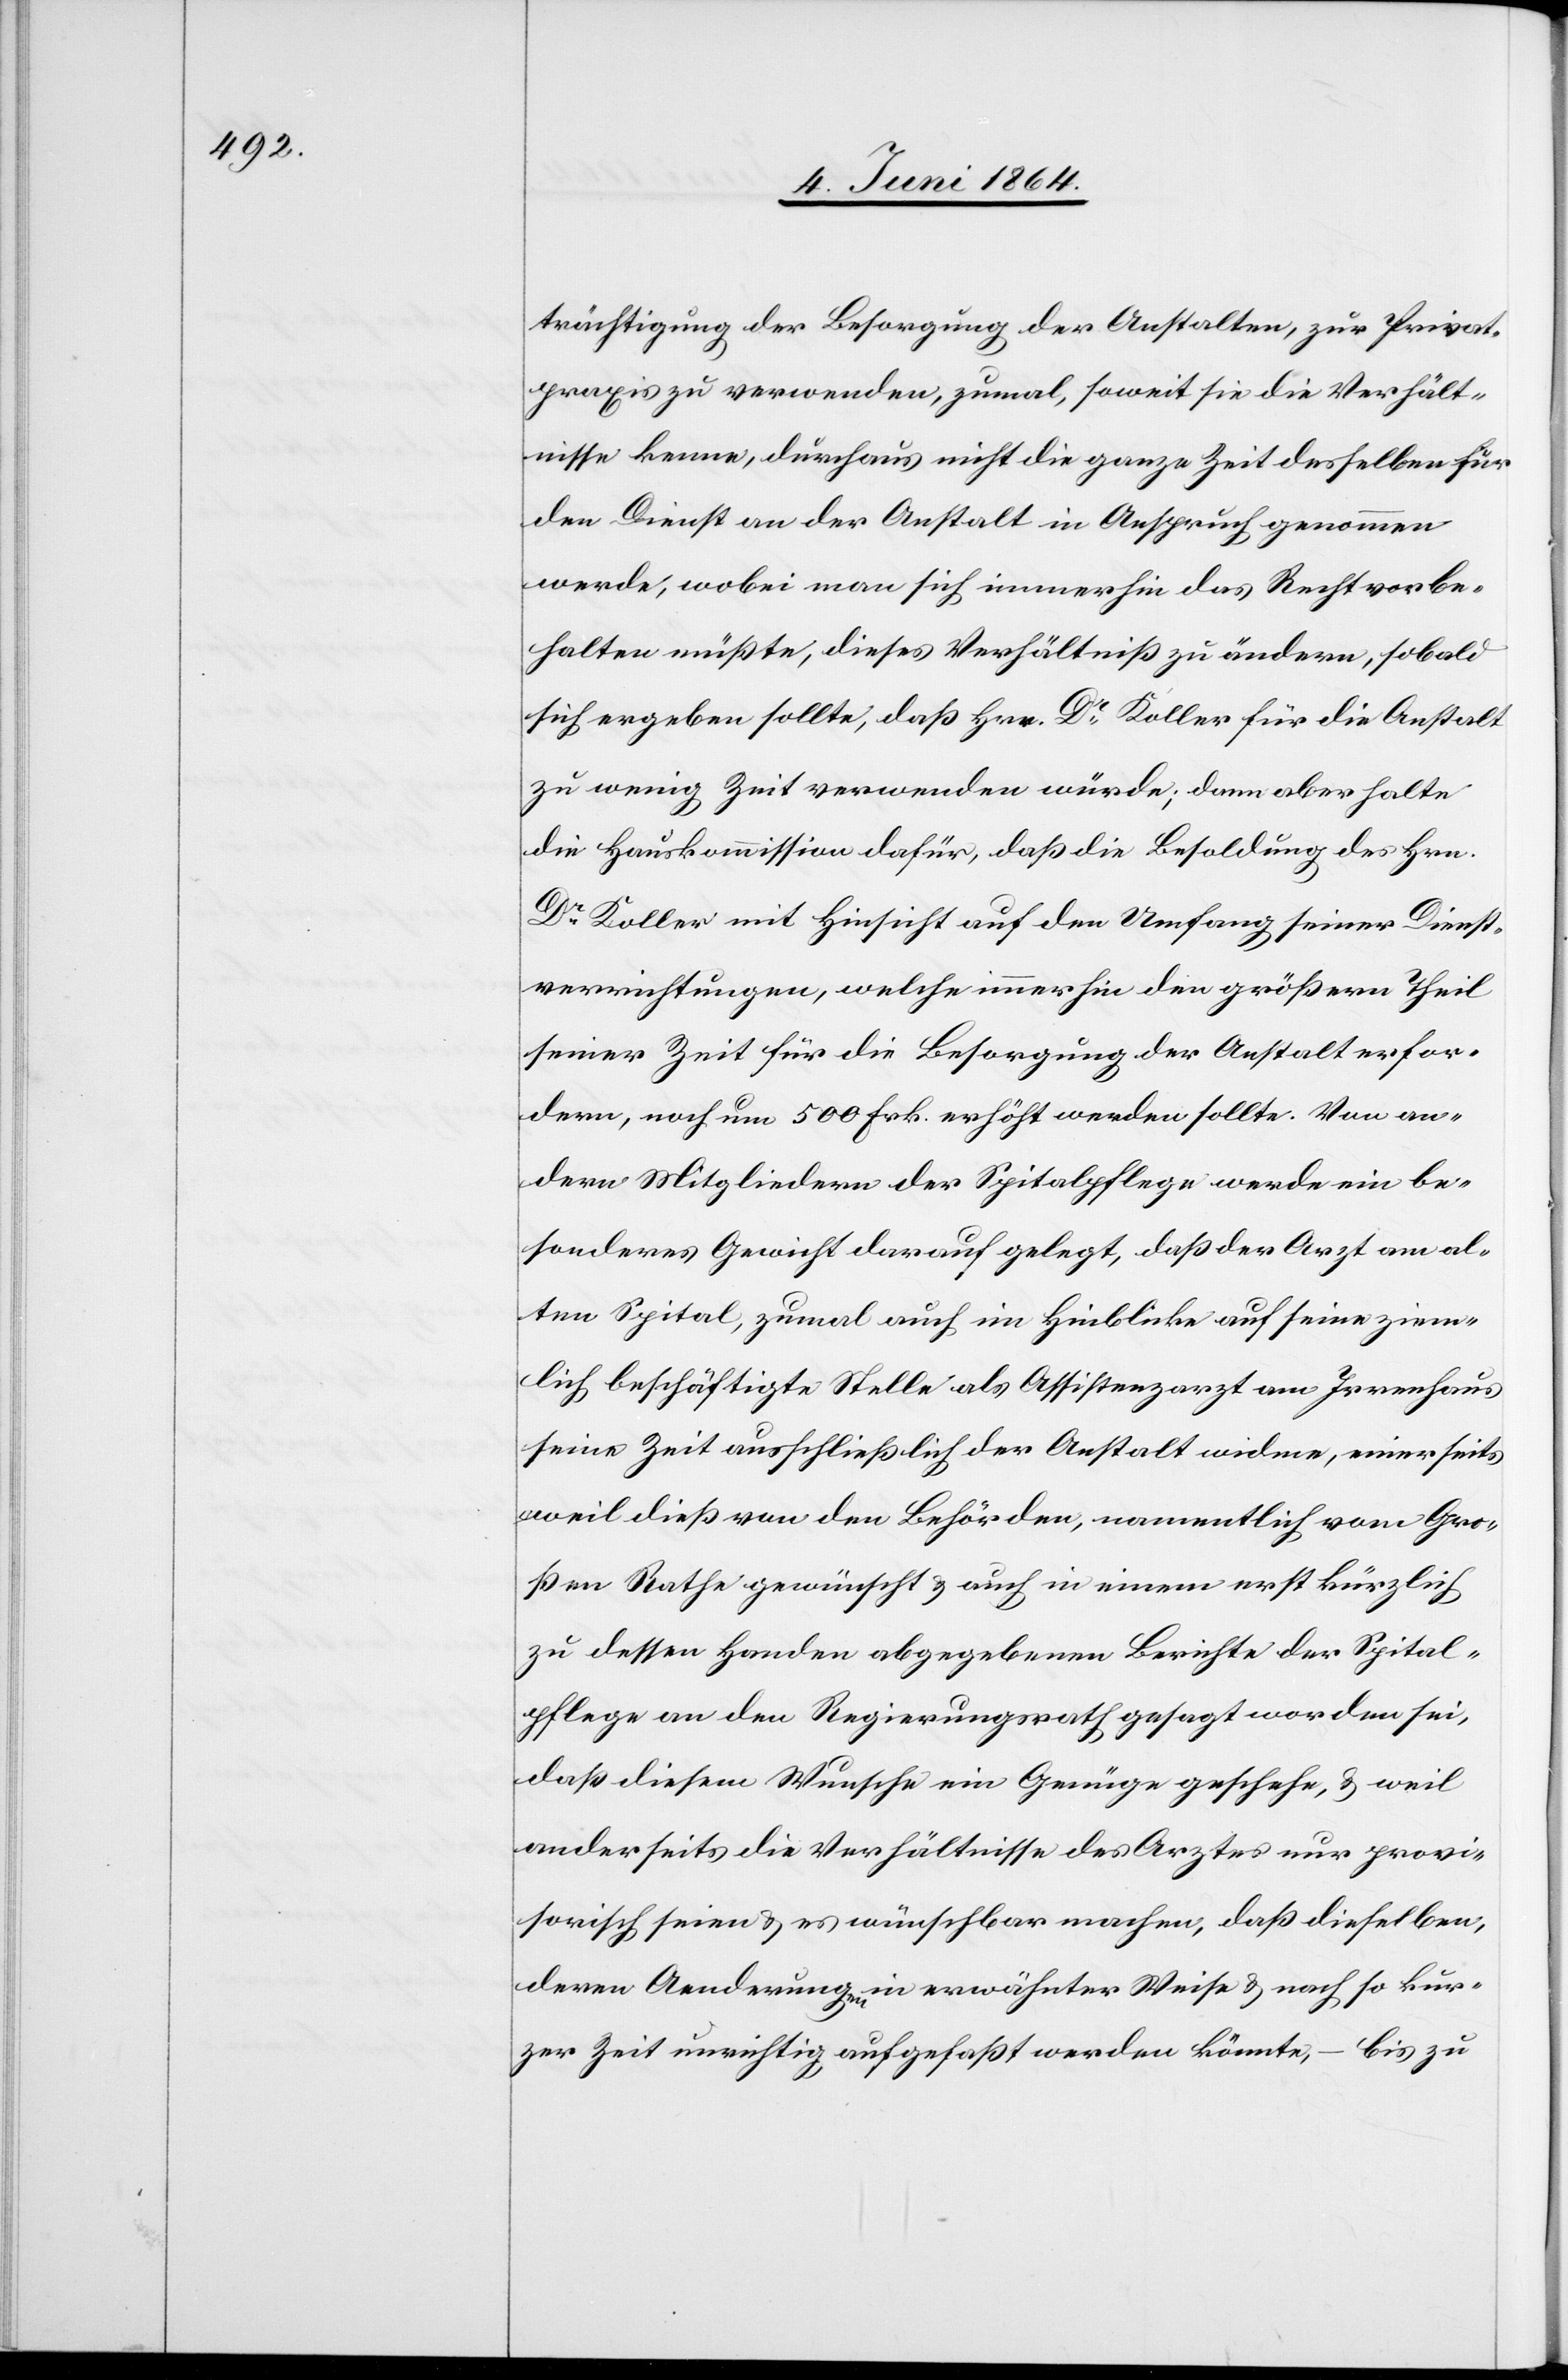
trächtigung der Besorgung der Anstalten, zur Privat¬
praxis zu verwenden, zumal, soweit sie die Verhält¬
nisse kenne, durchaus nicht die ganze Zeit desselben für
den Dienst an der Anstalt in Anspruch genommen
werde, wobei man sich immerhin das Recht vorbe¬
halten müßte, dieses Verhältniß zu ändern, sobald
sich ergeben sollte, daß Hrr. Dr Koller für die Anstalt
zu wenig Zeit verwenden würde; dann aber halte
die Hauskommission dafür, daß die Besoldung des Hrn.
Dr Koller mit Hinsicht auf den Umfang seiner Dienst¬
verrichtungen, welche immerhin den größern Theil
seiner Zeit für die Besorgung der Anstalt erfor¬
dern, noch um 500 Frk. erhöht werden sollte. Von an¬
dern Mitgliedern der Spitalpflege werde ein be¬
sonderes Gewicht darauf gelegt, daß der Arzt am al¬
ten Spital, zumal auch im Hinblicke auf seine ziem¬
lich beschäftigte Stelle als Assistenzarzt am Irrenhaus
seine Zeit ausschließlich der Anstalt widme, einerseits
weil dieß von den Behörden, namentlich vom Gro¬
ßen Rathe gewünscht u. auch in einem erst kürzlich
zu dessen Handen abgegebenen Berichte der Spital¬
pflege an den Regierungsrath gesagt worden sei,
daß diesem Wunsche ein Genüge geschehe, u. weil
anderseits die Verhältnisse des Arztes nur provi¬
sorisch seien u. es wünschbar machen, daß dieselben,
deren Aenderung in erwähnter Weise u. nach so kur¬
zer Zeit unrichtig aufgefaßt werden könnte, – bis zu